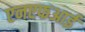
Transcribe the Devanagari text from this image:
एनएफआई